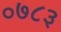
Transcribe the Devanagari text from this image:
०७८३